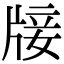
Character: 𤗈